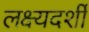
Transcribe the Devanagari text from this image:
लक्ष्यदर्शी